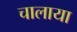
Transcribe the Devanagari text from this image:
चालाया